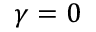
\gamma = 0